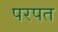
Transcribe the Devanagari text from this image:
परपत